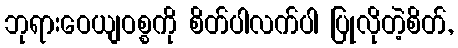
ဘုရားဝေယျဝစ္စကို စိတ်ပါလက်ပါ ပြုလိုတဲ့စိတ်,